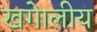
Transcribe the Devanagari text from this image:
खगेालीय